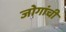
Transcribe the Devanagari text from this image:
जोगांची